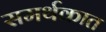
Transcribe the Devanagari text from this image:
समर्थकात